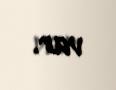
var.